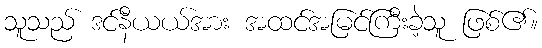
သူသည် ဒင်နီယယ်အား အထင်အမြင်ကြီးခဲ့သူ ဖြစ်၏။